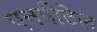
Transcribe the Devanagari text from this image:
एनपीटेल